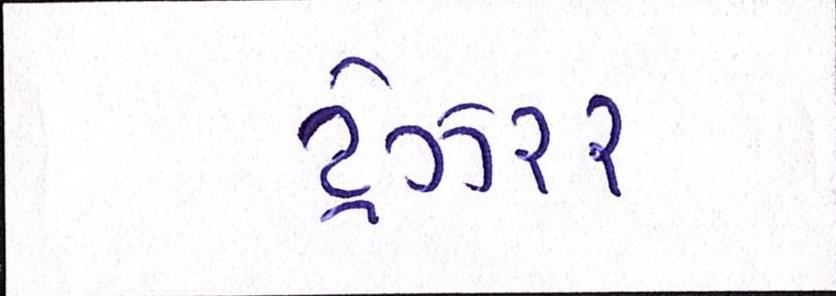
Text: ટ્રેઝરર